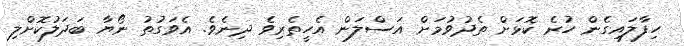
ހިފާލައިގެން ހުރެ ކޮޅަށް ތެދުވުމަށް އަސްލަން އެހީތެރިވެ ދިނެވެ. އެވަގުތު ނޯޔާ ބަދަލުކޮށްލި